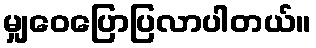
မျှဝေပြောပြလာပါတယ်။